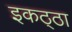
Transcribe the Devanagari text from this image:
इकठ्‍ठा